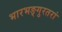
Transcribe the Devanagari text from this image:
भारभङ्गुरतरां